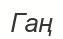
Гаң